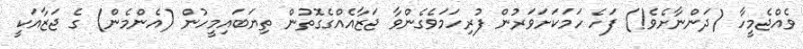
ވެއްޖެމީހާ (ދަންނާށެވެ!) ފަހެ ހަމަކަށަވަރުން ފުރިހަމަވެގެންވާ ޖަޒާއެއްގެގޮތުން ތިޔަބައިމީހުން (އެންމެން) ގެ ޖަޒާއަކީ